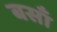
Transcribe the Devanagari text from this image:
बसाँ